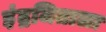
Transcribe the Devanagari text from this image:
इंद्रजिताला